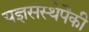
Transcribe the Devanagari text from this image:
यज्ञसंस्थेपैकी